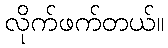
လိုက်ဖက်တယ်။